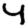
Digit: 4